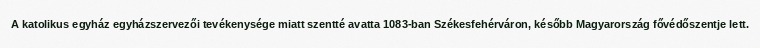
A katolikus egyház egyházszervezői tevékenysége miatt szentté avatta 1083-ban Székesfehérváron, később Magyarország fővédőszentje lett.